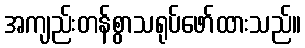
အကျည်းတန်စွာသရုပ်ဖော်ထားသည်။